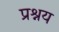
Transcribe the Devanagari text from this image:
प्रश्नय